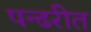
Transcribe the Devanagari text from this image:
पन्ढरीत